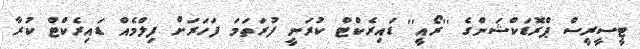
ޓީސީރީސް ޕްރޮޑަކްޝަންގެ ''ރޯއީ'' ޑައިރެކްޓް ކުރަނީ ފުރަތަމަ ފަހަރަށް ފިލްމެއް ޑައިރެކްޓް ކުރާ